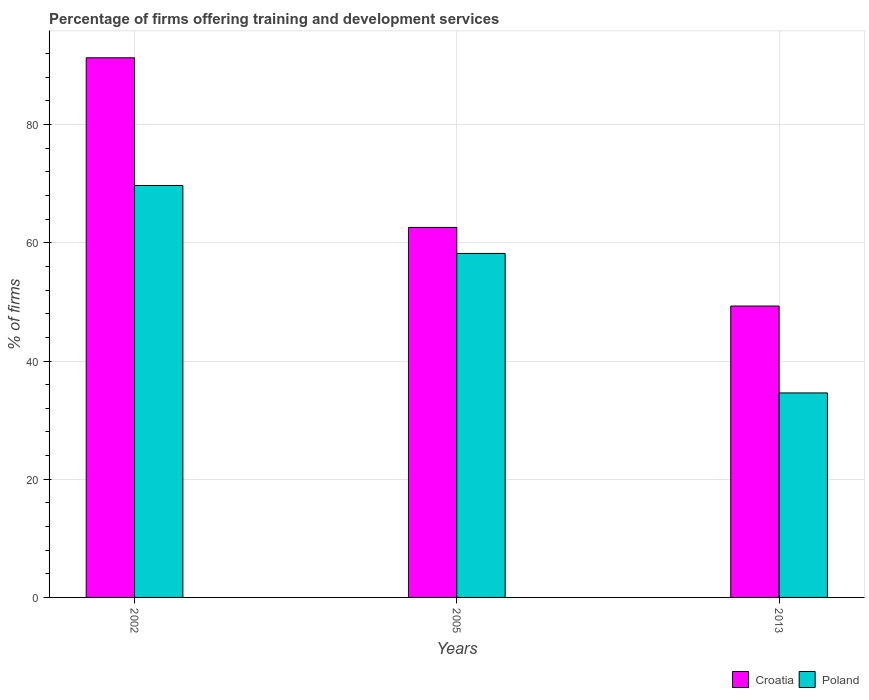
| Years | Croatia | Poland |
 | --- | --- | --- |
 | 2002 | 91.3 | 69.7 |
 | 2005 | 62.6 | 58.2 |
 | 2013 | 49.3 | 34.6 |